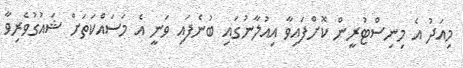
މިއަދު އެ މިނިސްޓުރީން ކޮށްފައިވާ އިއުލާނުގައި ބުނެފައި ވަނީ އެ މަސައްކަތަށް ޝައުގުވެރިވާ